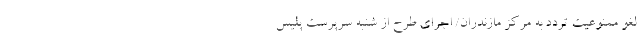
لغو ممنوعیت تردد به مرکز مازندران‌/ اجرای طرح از شنبه سرپرست پلیس